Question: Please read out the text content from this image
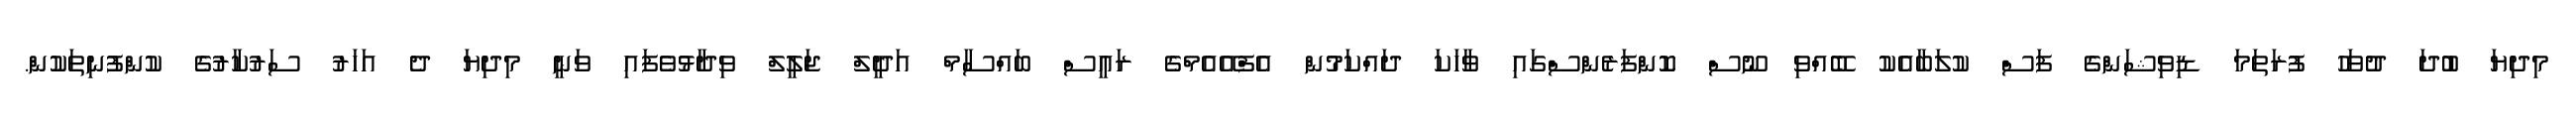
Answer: މިދިޔަ ބުދަ ދުވަހު ފުރަތަމަ ޑިވިޝަންގެ ފަސް ކުލަބާއެކު ބޭއްވި ނޫސް ކޮންފަރެންސްގައި ވާހަކަ ދައްކަމުން އެފްއޭއެމްގެ ރައީސް ބައްސާމް އަދީލް ޖަލީލް ވިދާޅުވެފައި ވަނީ މިދިޔަ ދެ އަހަރު ސަރުކާރުގެ ކުންފުނިތަކުން.